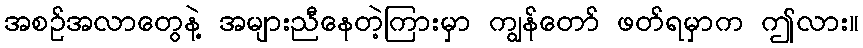
အစဉ်အလာတွေနဲ့ အများညီနေတဲ့ကြားမှာ ကျွန်တော် ဖတ်ရမှာက ဤလား။